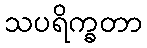
သပရိက္ခတာ